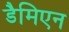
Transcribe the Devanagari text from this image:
डैमिएन